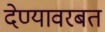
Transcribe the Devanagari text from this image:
देण्यावरबत